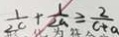
\frac { 1 } { 2 c } + \frac { 1 } { 2 a } \geq \frac { 2 } { c + a }